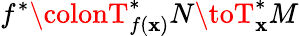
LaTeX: f^{*}\colonT_{f(\mathbf{x})}^{*}N\toT_{\mathbf{x}}^{*}M